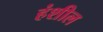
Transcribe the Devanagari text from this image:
हंशील